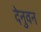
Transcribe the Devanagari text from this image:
देनुवन